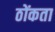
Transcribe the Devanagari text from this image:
ठोंकता